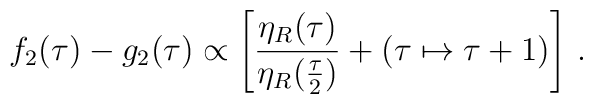
f_2(\tau)-g_2(\tau)\propto\left[{\eta_R(\tau)\over{\eta_R({\tau\over2})}}+(\tau\mapsto\tau+1)\right]\,.